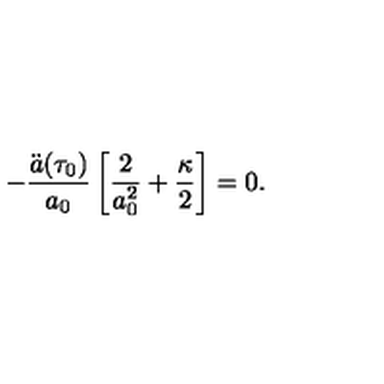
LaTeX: - \frac { \ddot { a } ( \tau _ { 0 } ) } { a _ { 0 } } \left[ \frac { 2 } { a _ { 0 } ^ { 2 } } + \frac { \kappa } { 2 } \right] = 0 .